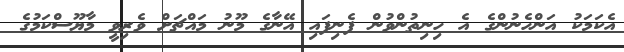
އެކަމަކު އަންހެނުންގެ އެ ހިނިތުންވުން ފެނިފައި އޭނާގެ މޫނު މައްޗަށް ވެރިވީ މާޔޫސްކަމުގެ